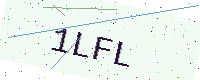
Text: 1LFL